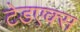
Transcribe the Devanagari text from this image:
टेडएक्स